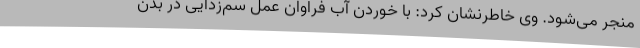
منجر می‌شود. وی خاطرنشان کرد: با خوردن آب فراوان عمل سم‌زدایی در بدن